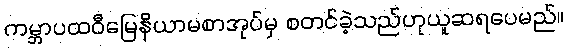
ကမ္ဘာပထဝီမြေနိယာမစာအုပ်မှ စတင်ခဲ့သည်ဟုယူဆရပေမည်။